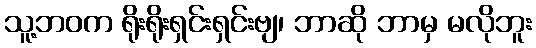
သူ့ဘဝက ရိုးရိုးရှင်းရှင်းဗျ၊ ဘာဆို ဘာမှ မလိုဘူး